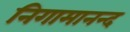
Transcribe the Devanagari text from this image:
निगामानन्द